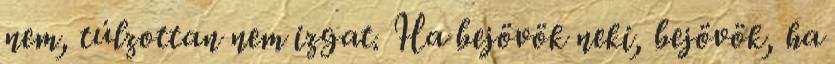
nem, túlzottan nem izgat. Ha bejövök neki, bejövök, ha